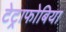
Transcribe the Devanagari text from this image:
टेट्राफोबिया